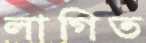
লাগিত